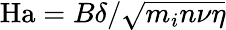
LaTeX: \mathrm{Ha}={B\delta}/{\sqrt{m_{i}n\nu\eta}}